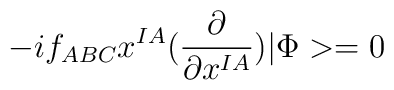
-if_{ABC} x^{IA} (\frac{\partial}{\partial x^{IA}}) |\Phi> = 0